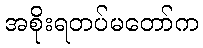
အစိုးရတပ်မတော်က